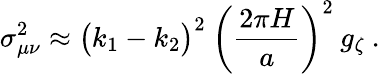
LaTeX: \sigma_{\mu\nu}^{2}\approx\big(k_{1}-k_{2}\big)^{2}\: \left(\frac{2\pi H}{a}\right)^{2}\: g_{\zeta}\: .